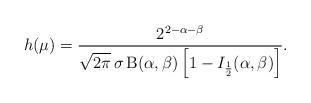
LaTeX: \begin{align*}h(\mu)=\frac{2^{2-\alpha-\beta}}{\sqrt{2\pi}\,\sigma\,\mathrm{B}(\alpha,\beta)\left[1-I_{\frac{1}{2}}(\alpha,\beta)\right]}.\end{align*}